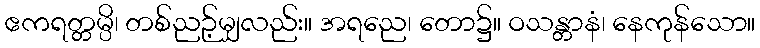
ဧကရတ္တမ္ပိ၊ တစ်ညဉ့်မျှလည်း။ အရညေ၊ တော၌။ ဝသန္တာနံ၊ နေကုန်သော။